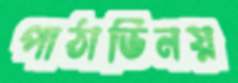
পাঠাভিনয়